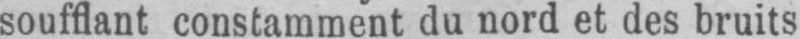
soufflant constamment du nord et des bruits